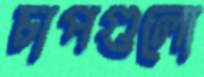
চাপগুলো